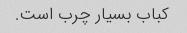
کباب بسیار چرب است.